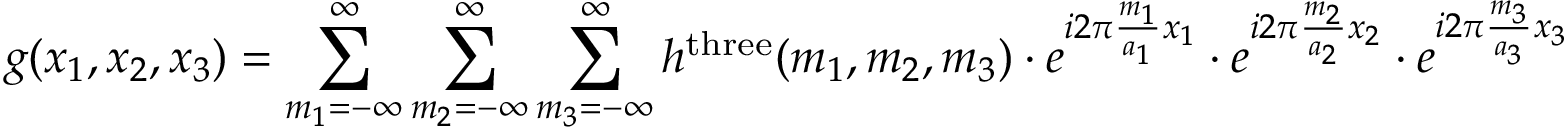
g ( x _ { 1 } , x _ { 2 } , x _ { 3 } ) = \sum _ { m _ { 1 } = - \infty } ^ { \infty } \sum _ { m _ { 2 } = - \infty } ^ { \infty } \sum _ { m _ { 3 } = - \infty } ^ { \infty } h ^ { \mathrm { t h r e e } } ( m _ { 1 } , m _ { 2 } , m _ { 3 } ) \cdot e ^ { i 2 \pi { \frac { m _ { 1 } } { a _ { 1 } } } x _ { 1 } } \cdot e ^ { i 2 \pi { \frac { m _ { 2 } } { a _ { 2 } } } x _ { 2 } } \cdot e ^ { i 2 \pi { \frac { m _ { 3 } } { a _ { 3 } } } x _ { 3 } }